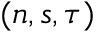
( n , s , \tau )